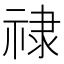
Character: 𫀘